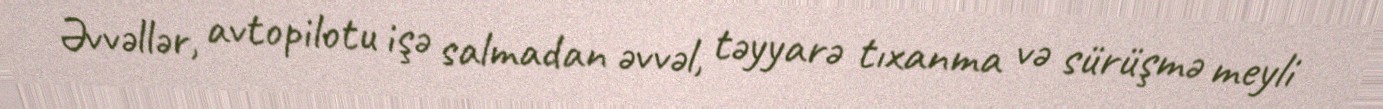
Əvvəllər, avtopilotu işə salmadan əvvəl, təyyarə tıxanma və sürüşmə meyli